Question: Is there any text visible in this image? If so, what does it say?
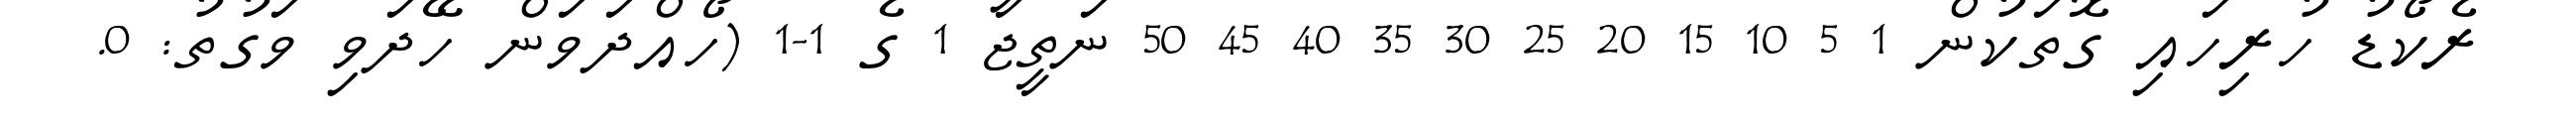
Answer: ރެކޯޑު ހުރިހައި ގޮތަކުން 1 5 10 15 20 25 30 35 40 45 50 ނަތީޖާ 1 ގެ 1-1 (ހޯއްދަވަން ހޭދަވި ވަގުތު: 0.